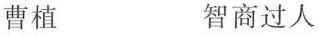
曹植 智商过人